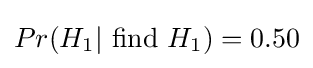
Pr(H_{1}|{\text{ find }}H_{1})=0.50